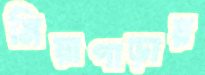
মিয়াপাড়ায়